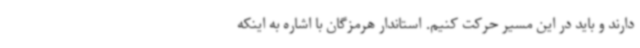
دارند و باید در این مسیر حرکت کنیم. استاندار هرمزگان با اشاره به اینکه